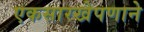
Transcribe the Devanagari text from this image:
एकसारखेपणाने